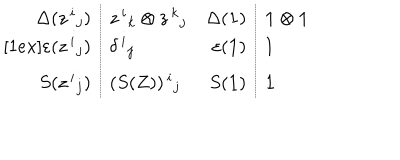
LaTeX: \begin{array} { r l r l } { { \Delta ( z ^ { \, i } { } _ { j } ) } } & { { z ^ { \, i } { } _ { k } \otimes z ^ { \, k } { } _ { j } } } & { { \Delta ( { \bf 1 } ) } } & { { { \bf 1 } \otimes { \bf 1 } } } \\ { { \varepsilon ( z ^ { \, i } { } _ { j } ) } } & { { \delta ^ { \, i } { } _ { j } } } & { { \varepsilon ( { \bf 1 } ) } } & { { 1 } } \\ { { S ( z ^ { \, i } { } _ { j } ) } } & { { ( S ( Z ) ) ^ { \, i } { } _ { j } } } & { { S ( { \bf 1 } ) } } & { { { \bf 1 } } } \\ \end{array}